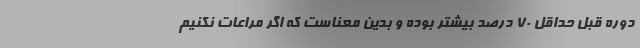
دوره قبل حداقل 70 درصد بیشتر بوده و بدین معناست که اگر مراعات نکنیم